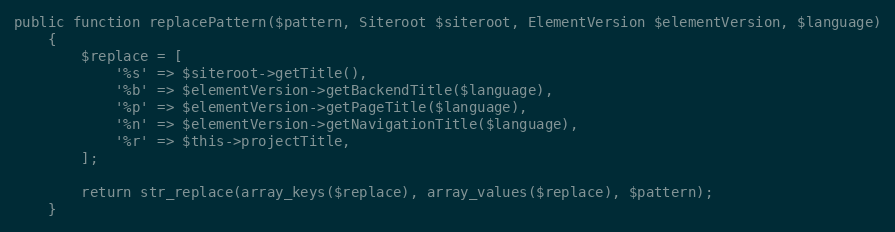
Language: PHP
public function replacePattern($pattern, Siteroot $siteroot, ElementVersion $elementVersion, $language)
    {
        $replace = [
            '%s' => $siteroot->getTitle(),
            '%b' => $elementVersion->getBackendTitle($language),
            '%p' => $elementVersion->getPageTitle($language),
            '%n' => $elementVersion->getNavigationTitle($language),
            '%r' => $this->projectTitle,
        ];

        return str_replace(array_keys($replace), array_values($replace), $pattern);
    }